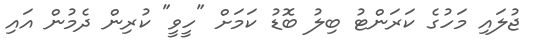
ޖުލައި މަހުގެ ކަރަންޓު ބިލު ބޮޑު ކަމަށް "ހީވީ" ކުރިން ދެމުން އައި